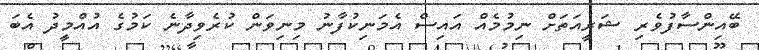
ބޭއިންސާފުވެރި ޝަރީއަތަށް ނިމުމެއް އައިސް އެމަނިކުފާނު މިނިވަން ކުރެވިދާނެ ކަމުގެ އުއްމީދު އެބަ